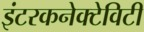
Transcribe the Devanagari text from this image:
इंटरकनेक्टेविटी